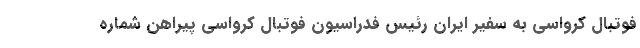
فوتبال کرواسی به سفیر ایران رئیس فدراسیون فوتبال کرواسی پیراهن شماره